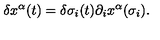
\delta x ^ { \alpha } ( t ) = \delta \sigma _ { i } ( t ) \partial _ { i } x ^ { \alpha } ( \sigma _ { i } ) .